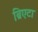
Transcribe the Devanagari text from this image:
ब्रिएटा